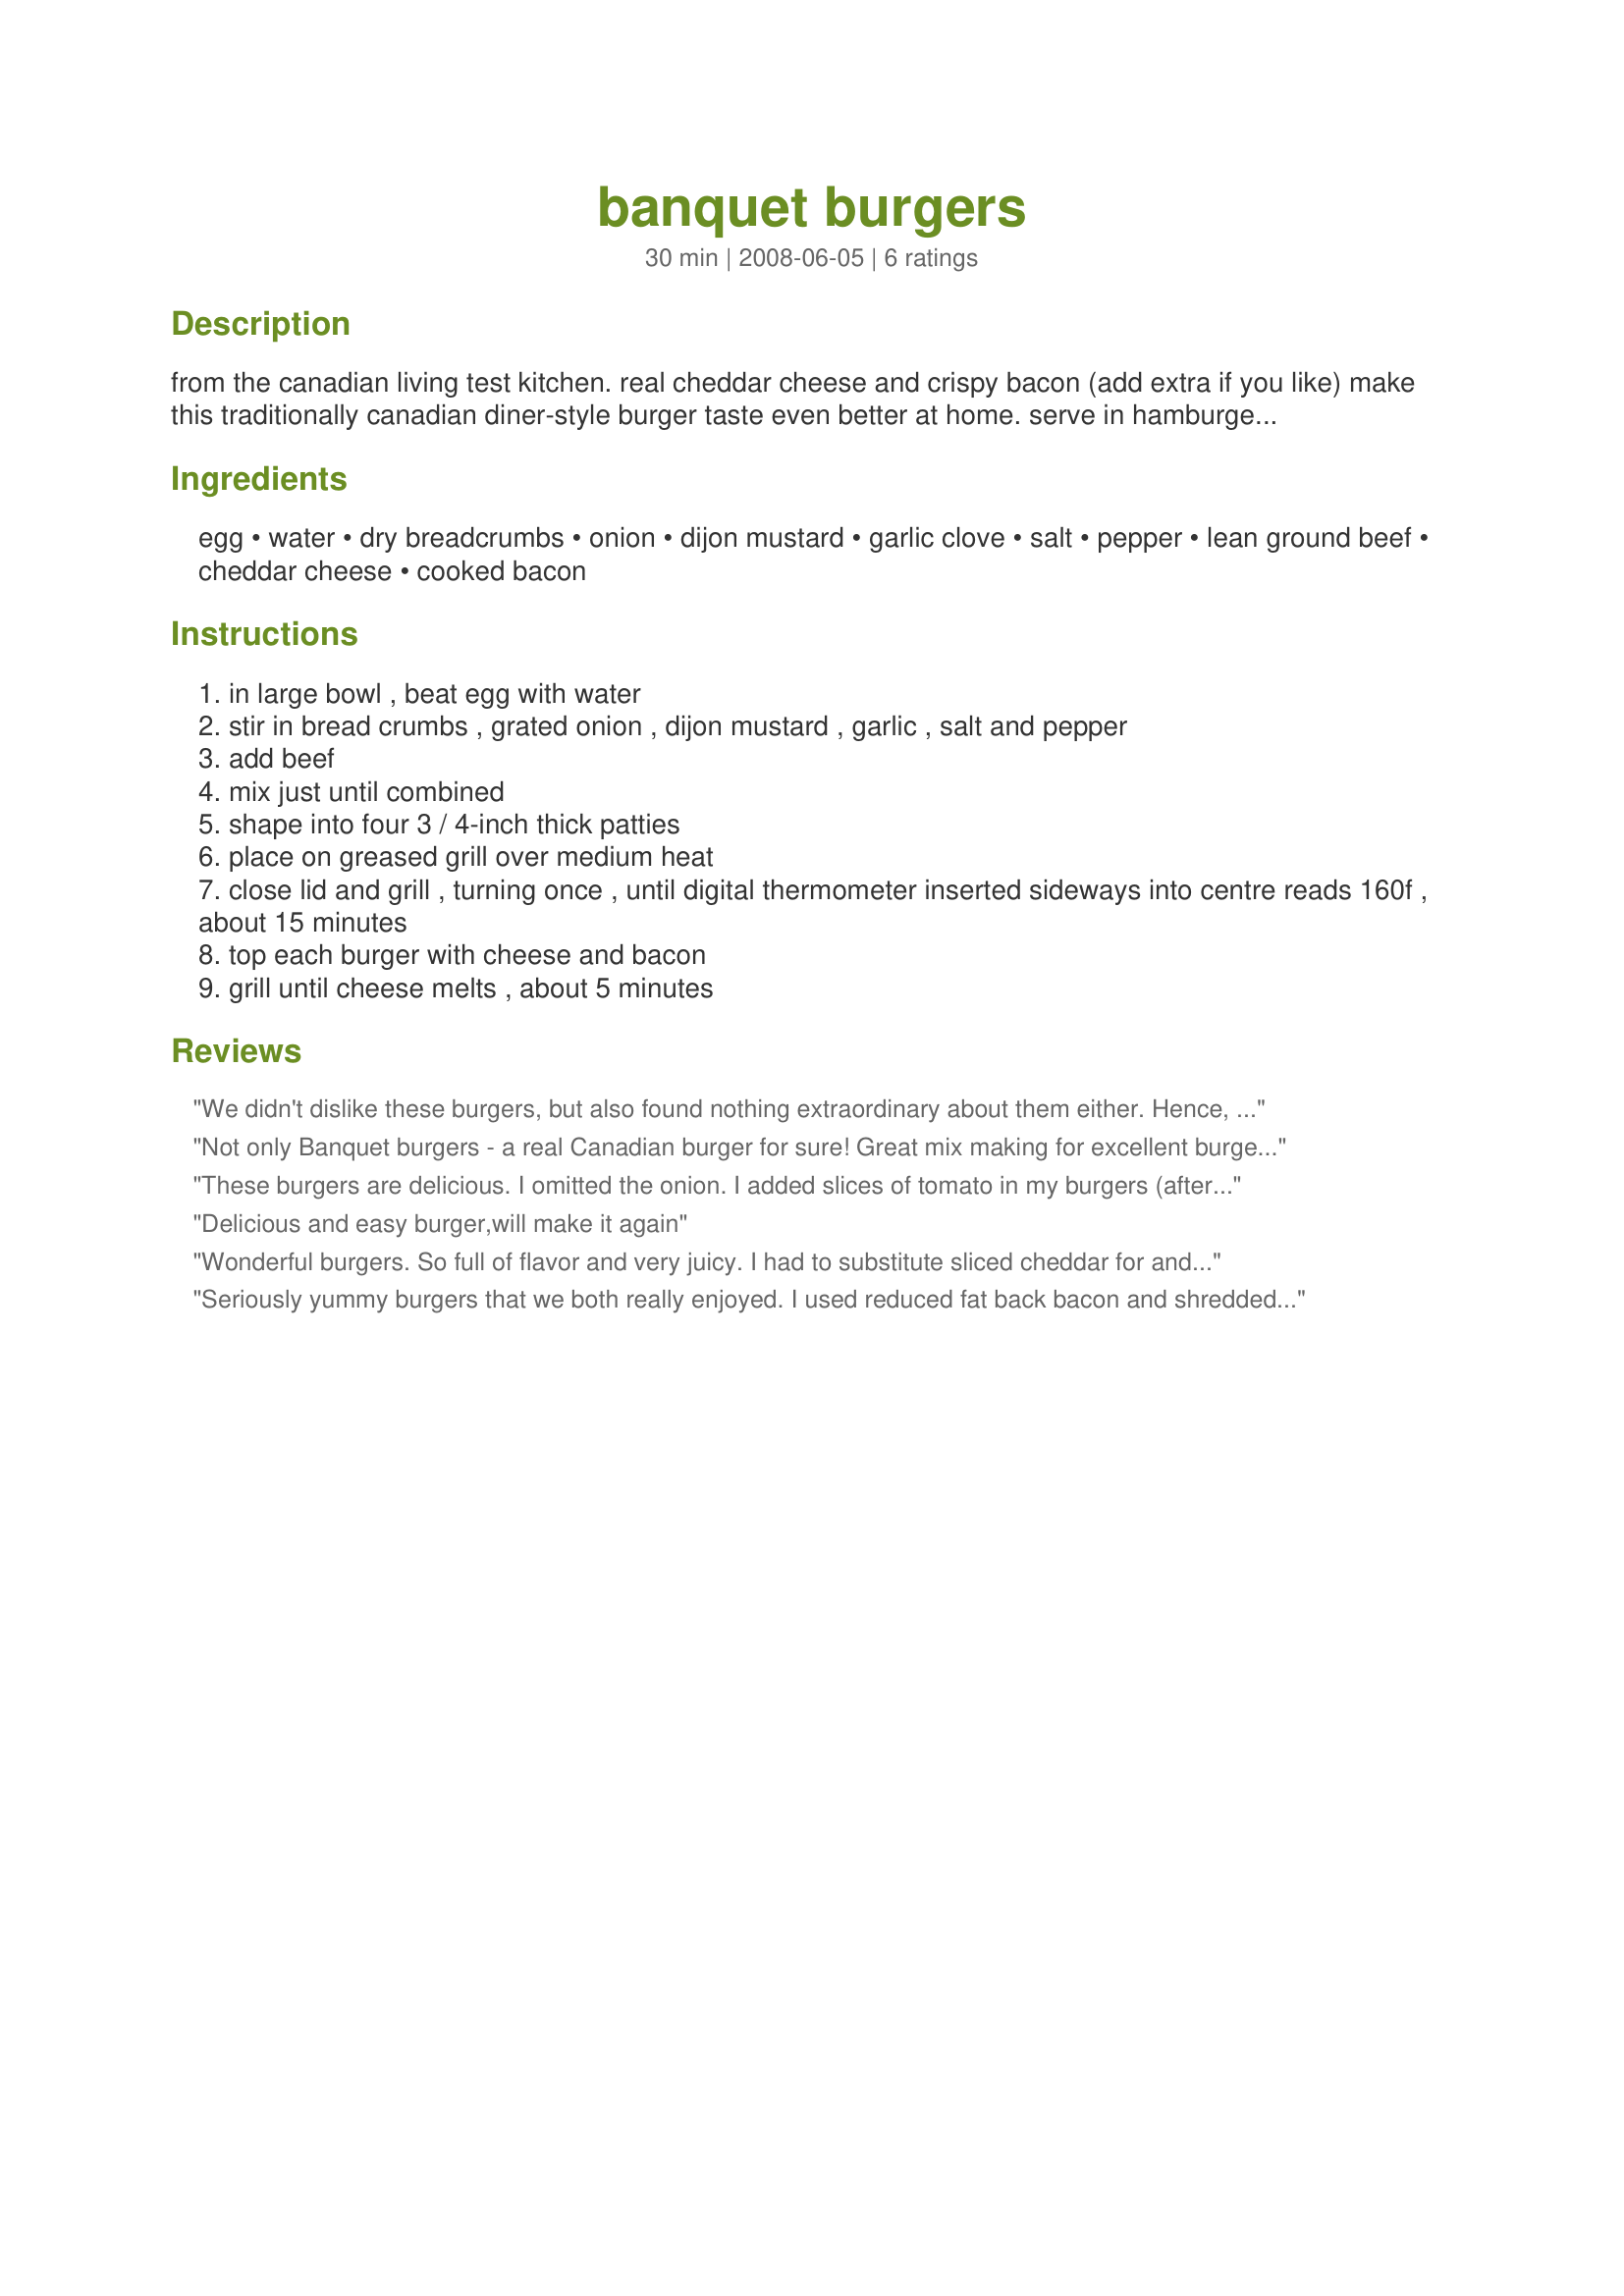
banquet burgers
Preparation time: 30 minutes

from the canadian living test kitchen. real cheddar cheese and crispy bacon (add extra if you like) make this traditionally canadian diner-style burger taste even better at home. serve in hamburger buns. canadian living magazine, july 2005.

Ingredients:
egg, water, dry breadcrumbs, onion, dijon mustard, garlic clove, salt, pepper, lean ground beef, cheddar cheese, cooked bacon

Steps:
in large bowl , beat egg with water
stir in bread crumbs , grated onion , dijon mustard , garlic , salt and pepper
add beef
mix just until combined
shape into four 3 / 4-inch thick patties
place on greased grill over medium heat
close lid and grill , turning once , until digital thermometer inserted sideways into centre reads 160f , about 15 minutes
top each burger with cheese and bacon
grill until cheese melts , about 5 minutes

Reviews:
We didn't dislike these burgers, but also found nothing extraordinary about them either. Hence, three stars. They tasted like an ordinary hamburger with cheese and bacon on top.
Not only Banquet burgers - a real Canadian burger for sure! Great mix making for excellent burgers. Made up exactly as posted - put some of the burgers in sauce and to mine I added a big slice of onion! Going to make a big batch for the freezer ready for the grill. Thank you Evelyn, now I have what I basically make ... on paper to share with my family!
These burgers are delicious. I omitted the onion. I added slices of tomato in my burgers (after the photo LOL). The taste of the burger itself is yummy, and with the addition of cheese and bacon, wonderful. Thanks Evelyn. Made for the Babes of ZWT4
Delicious and easy burger,will make it again
Wonderful burgers. So full of flavor and very juicy. I had to substitute sliced cheddar for and extra sharp cheddar spread which worked perfectly. This is a keeper. Thanks for sharing.
Seriously yummy burgers that we both really enjoyed. I used reduced fat back bacon and shredded some reduced fat cheddar over it so I could pretend I wasn't being naughty. I know these will be added into our rotation of burger recipes. Made for the Family Picks portion of ZWT4.
